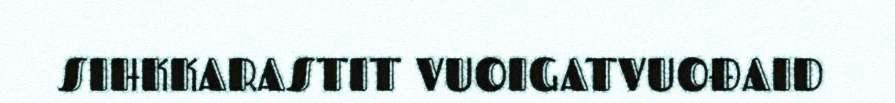
SIHKKARASTIT VUOIGATVUOĐAID